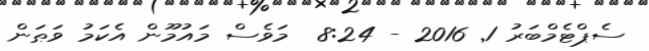
ސެޕްޓެމްބަރު 1